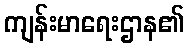
ကျန်းမာရေးဌာန၏